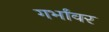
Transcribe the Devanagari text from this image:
गर्भांवर